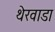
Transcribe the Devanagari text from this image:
थेरवाडा